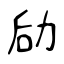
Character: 劶